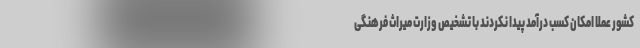
کشور عملا امکان کسب درآمد پیدا نکردند با تشخیص وزارت میراث فرهنگی